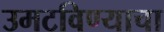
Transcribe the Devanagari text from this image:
उमटविण्याचा